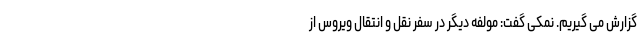
گزارش می گیریم. نمکی گفت: مولفه دیگر در سفر نقل و انتقال ویروس از